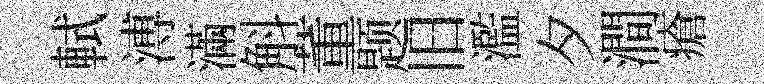
軾溥滿斛董题旧濫夕澗瘡